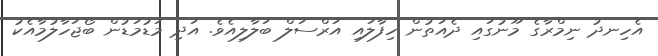
އެހިނދު ނިމްރާގެ މޫނުގައި ދެއަތުން ހިފާލައި އަރްސަލް ބަލާލިއެވެ. އަދި މަޑުމަޑުން ބޯޖަހާލުމާއެކު